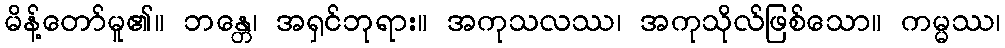
မိန့်တော်မူ၏။ ဘန္တေ၊ အရှင်ဘုရား။ အကုသလဿ၊ အကုသိုလ်ဖြစ်သော။ ကမ္မဿ၊